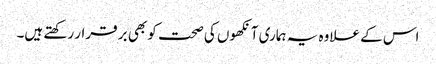
اس کے علاوہ یہ ہماری آنکھوں کی صحت کو بھی بر قرار رکھتے ہیں۔